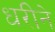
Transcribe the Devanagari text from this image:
धरीने